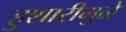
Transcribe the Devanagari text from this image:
हुशारीमुळे